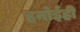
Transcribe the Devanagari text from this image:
हनोईही